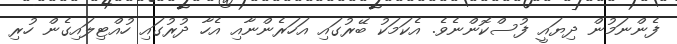
ފެންނަމުން ދިޔައީ ފުސްކޮންނެވެ. އެކަމަކު ބޭރުގައި އަހަރެންނާއި އެހާ ދުރުގައި ހުއްޓިލައިގެން ހުރި